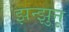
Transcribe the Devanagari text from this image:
झन्झुनू